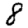
Digit: 8